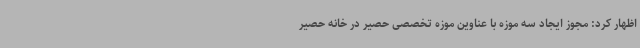
اظهار کرد: مجوز ایجاد سه موزه با عناوین موزه تخصصی حصیر در خانه حصیر